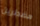
مضطرين